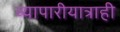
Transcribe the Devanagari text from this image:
व्यापारीयात्राही